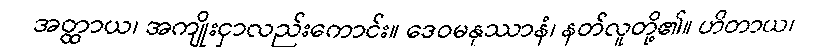
အတ္ထာယ၊ အကျိုးငှာလည်းကောင်း။ ဒေဝမနုဿာနံ၊ နတ်လူတို့၏။ ဟိတာယ၊